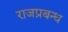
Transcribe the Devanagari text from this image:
राजप्रबन्ध